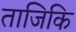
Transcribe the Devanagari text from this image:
ताजिकि